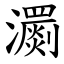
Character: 瀱